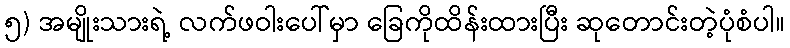
၅) အမျိုးသားရဲ့ လက်ဖဝါးပေါ်မှာ ခြေကိုထိန်းထားပြီး ဆုတောင်းတဲ့ပုံစံပါ။